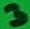
Text: 3